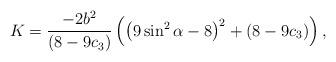
LaTeX: \begin{align*}K=\frac{-2 b^{2}}{(8-9c_{3})}\left( \left(9\sin^{2}\alpha - 8 \right)^{2} + (8-9c_{3}) \right),\end{align*}